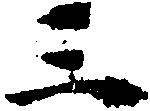
三